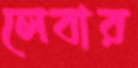
লেবার